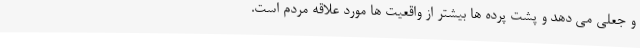
و جعلی می دهد و پشت پرده ها بیشتر از واقعیت ها مورد علاقه مردم است.